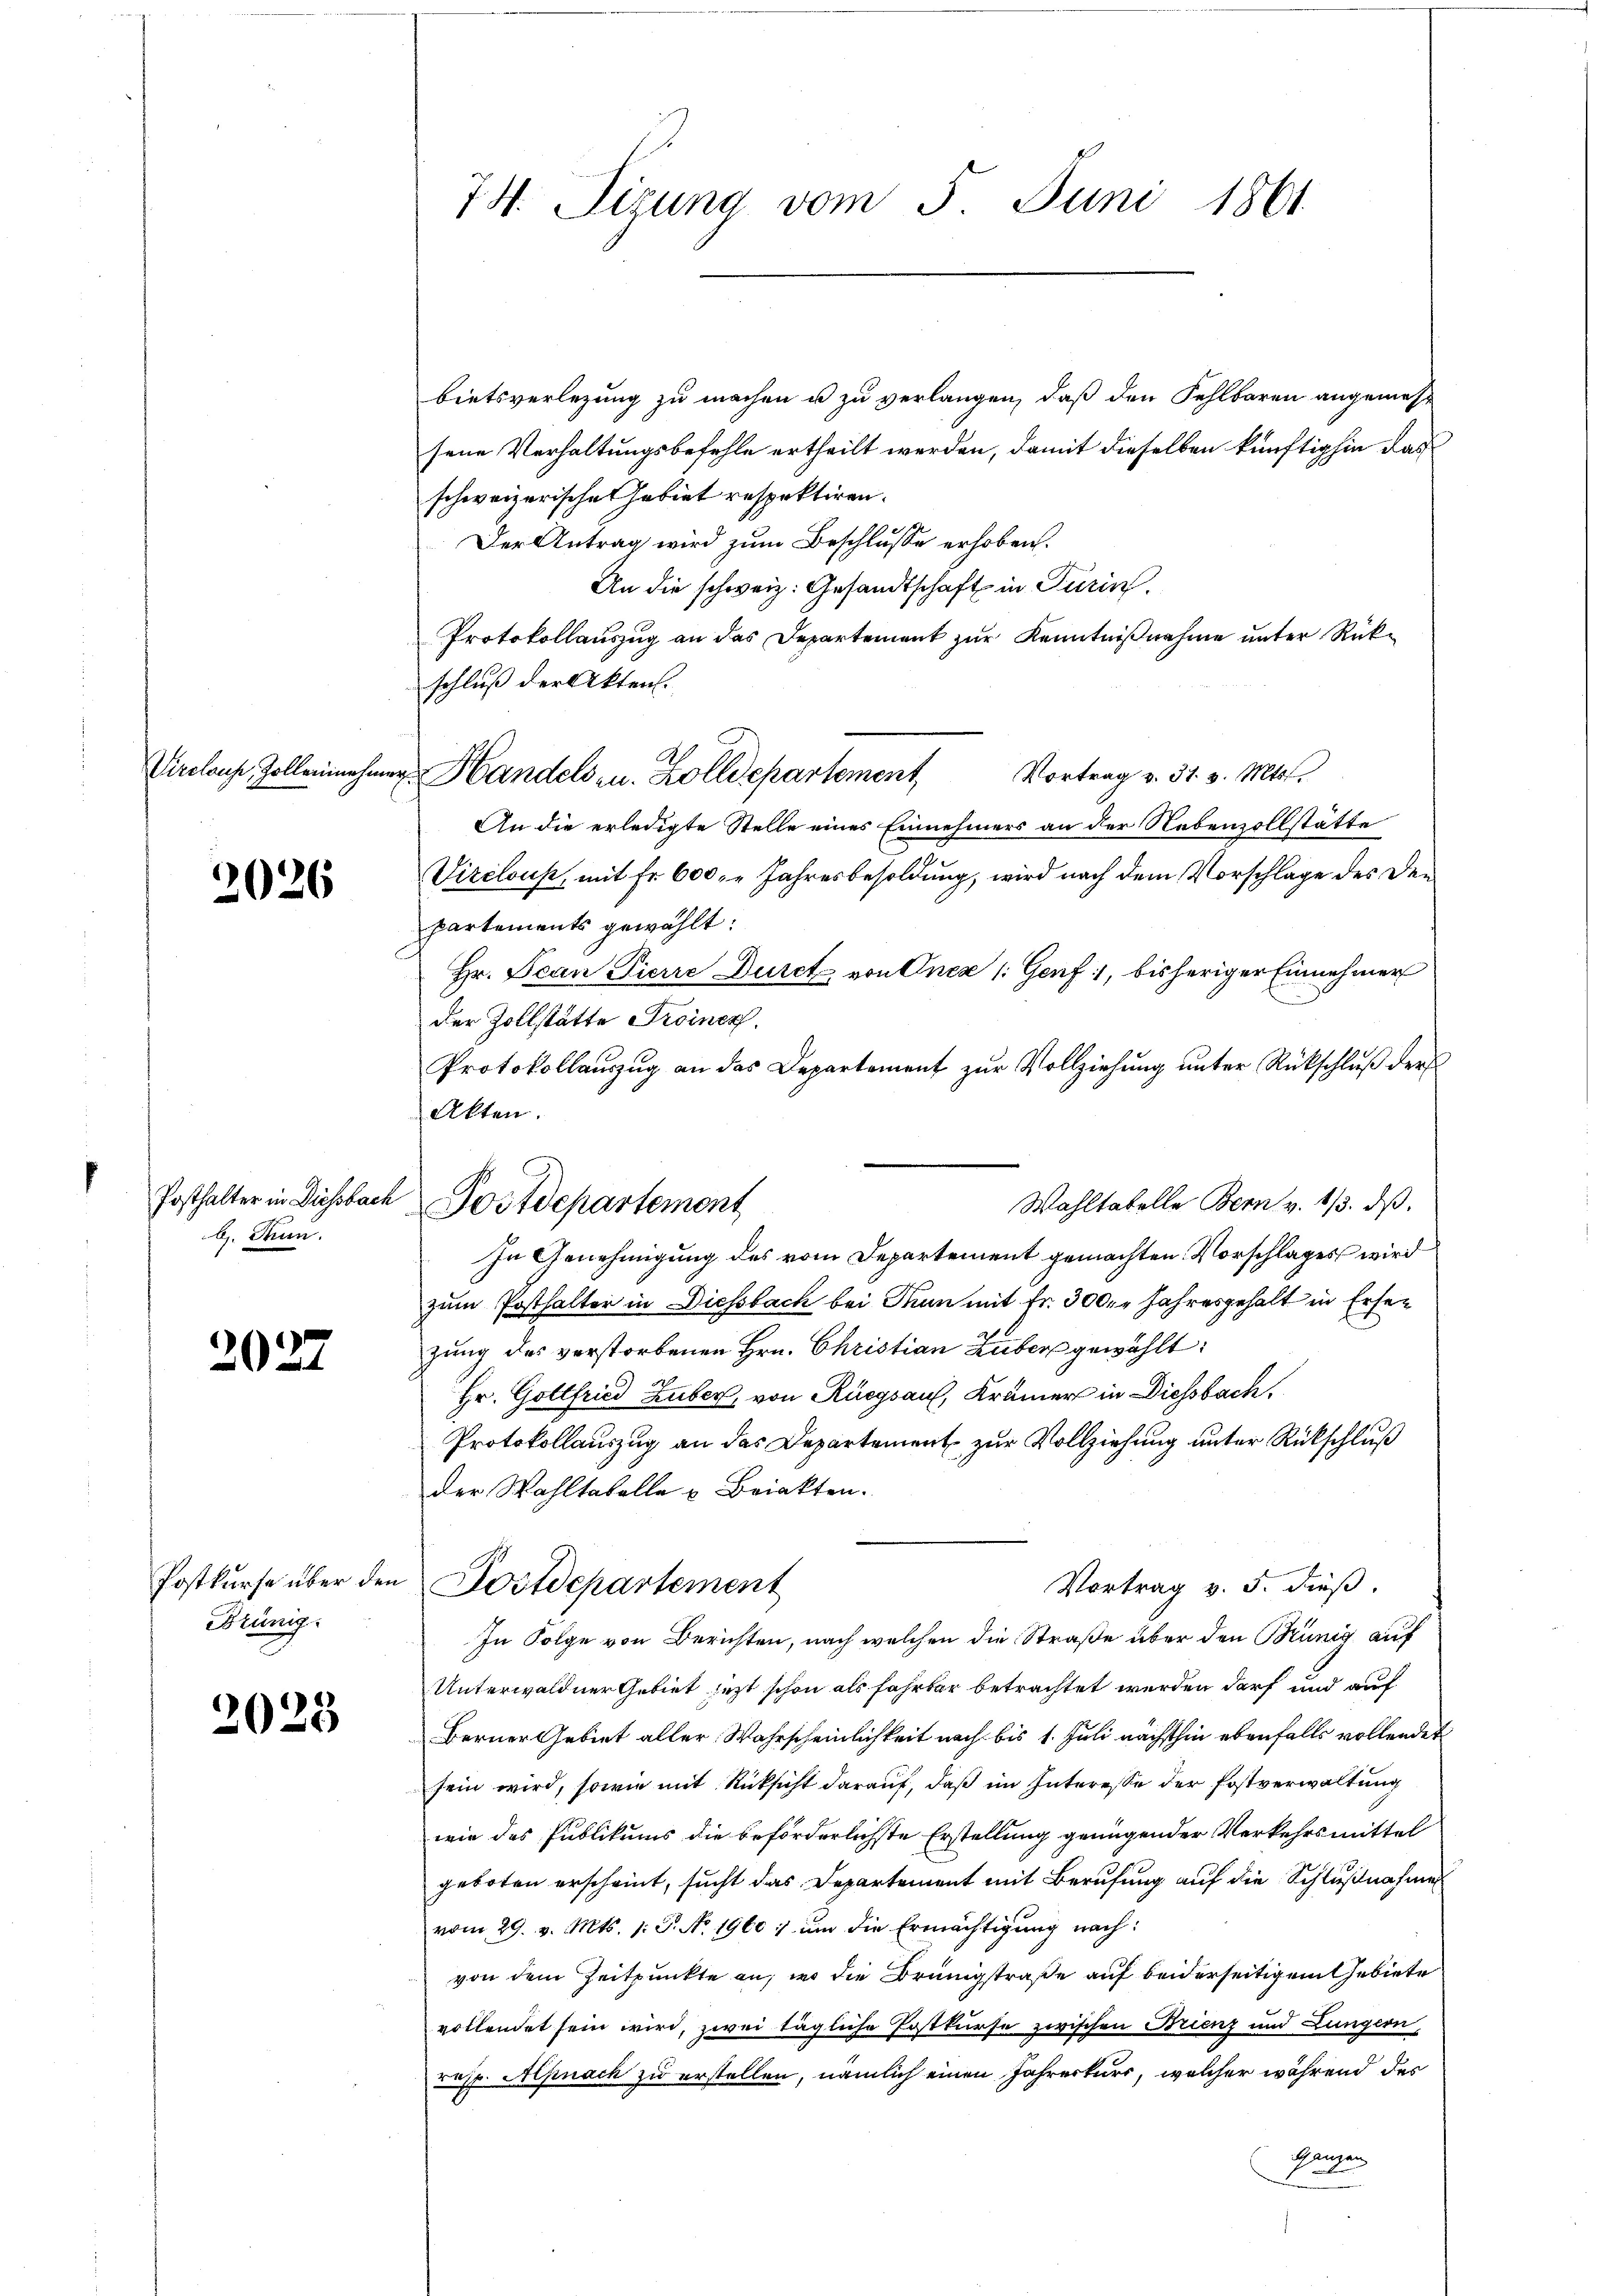
Virclause, Zolleninehm

2026

b. Thun.

2022

Brünig.

2025

74. Sizung vom 5. Juni 1861.

Posthalter in Diessbach Postdepartement

bietsverlegung zu machen u zu verlangen, daß den Fehlbaren angemehr
sene Verhaltungsbefehle ertheilt werden, damit dieselben künftighin das
schweizerische Gebiet respektiren.
Der Antrag wird zum Beschlusse erhoben.
An die schweiz. Gesandtschaft in Turin
Protokollauszug an das Departement zur Kenntnißnahme unter Rückschluß der Akten.
z. Handels u. Zolldepartement Vortrag v. 31. v. Mts.
An die erledigte Stelle eines Einnehmers an der Nebenzollstätte
Vizclous, mit fr. 600. Jahresbesoldung, wird nach dem Vorschlage des Den
Partements gewählt:
Hr. Jean Pierre Duret von Onex /: Genf, bisheriger Einnehmer
der Zollstätte Froiner
Protokollauszug an das Departement zur Vollziehung unter Rückschluß der
Akten.
Wahltatelle Bern v. 1/3. ds.
In Genehmigung des vom Departement gemachten Vorschlages wird
zum Posthalter in Diessbach bei Man mit Fr. 300. Jahresgehalt in Ersezung des verstorbenen Hrn. Christian Zuber gewählt:
Hr. Gottfried Huber, von Rüegsauf, Krämer in Diessbach,
Protokollauszug an das Departement zur Vollziehung unter Rückschluß
der Wahltabelle u Briakten.
Postkŭrse über den Postdepartement
Vortrag v. 5. dieß.
In Folge von Berichten, nach welchen die Straße über den Brünig auf
Unterwaldner Gebiet jezt schon als Fahrbar betrachtet werden darf und auf
Berner Gebiet aller Wahrscheinlichkeit nach bis 1. Juli nächsthin ebenfalls vollendet
sein wird, sowie mit Rücksicht darauf, daß im Interesse der Postverwaltung
wie das Publikums die beförderlichste Erstellung genügender Verkehrsmittel
geboten erscheint, sucht das Departement mit Berufung auf die Schlußnahme
vom 29. v. Mts. 1. P. No. 1960:) um die Ermächtigung nach:
von dem Zeitpunkte an, wo die Brüngstraße auf beiderseitigem Gebiete
vollendet sein wird, zwei tägliche Postkurse zwischen Brienz und Lungern,
resp. Alpnach zu erstellen, nämlich einen Jahreskurs, welcher während des
Ganzen